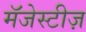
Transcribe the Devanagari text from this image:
मॅजेस्टीज़